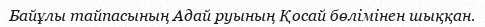
Байұлы тайпасының Адай руының Қосай бөлімінен шыққан.